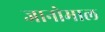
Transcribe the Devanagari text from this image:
जानोमाल